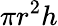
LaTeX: \pi r^{2}h